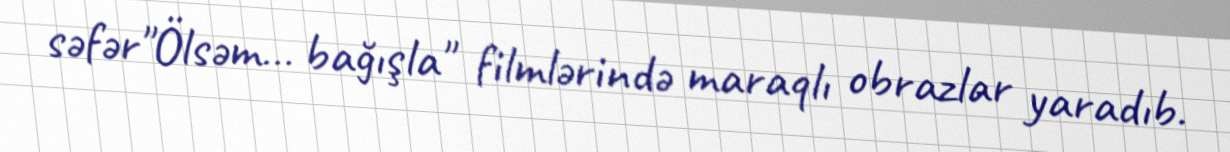
səfər"Ölsəm… bağışla" filmlərində maraqlı obrazlar yaradıb.